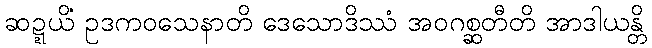
ဆဍ္ဍယိံ ဥဒကဝသေနာတိ ဒေသောဒိဿံ အဝဂစ္ဆတီတိ အာဒါယန္တိ